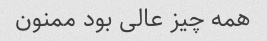
همه چیز عالی بود ممنون